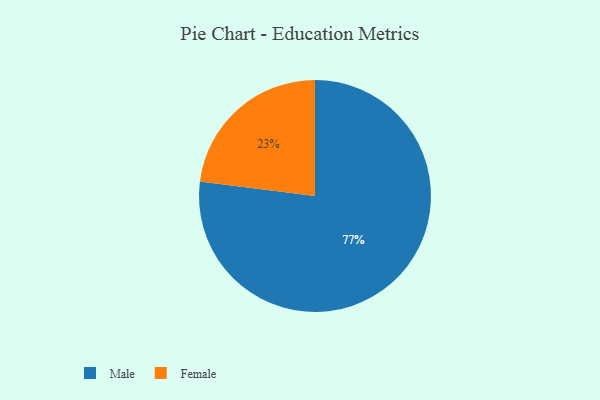
{"axis": {"x": "Category", "y": "Percentage"}, "legend": ["Female", "Male"], "data": [{"x": "Female", "y": 23, "type": "Female"}, {"x": "Male", "y": 77, "type": "Male"}]}